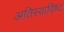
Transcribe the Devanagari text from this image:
अतिस्‍वादिष्‍ट